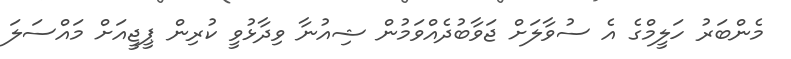
މެންބަރު ހަލީމްގެ އެ ސުވާލަށް ޖަވާބުދެއްވަމުން ޝިއުނާ ވިދާޅުވީ ކުރިން ޕީޖީއަށް މައްސަލަ